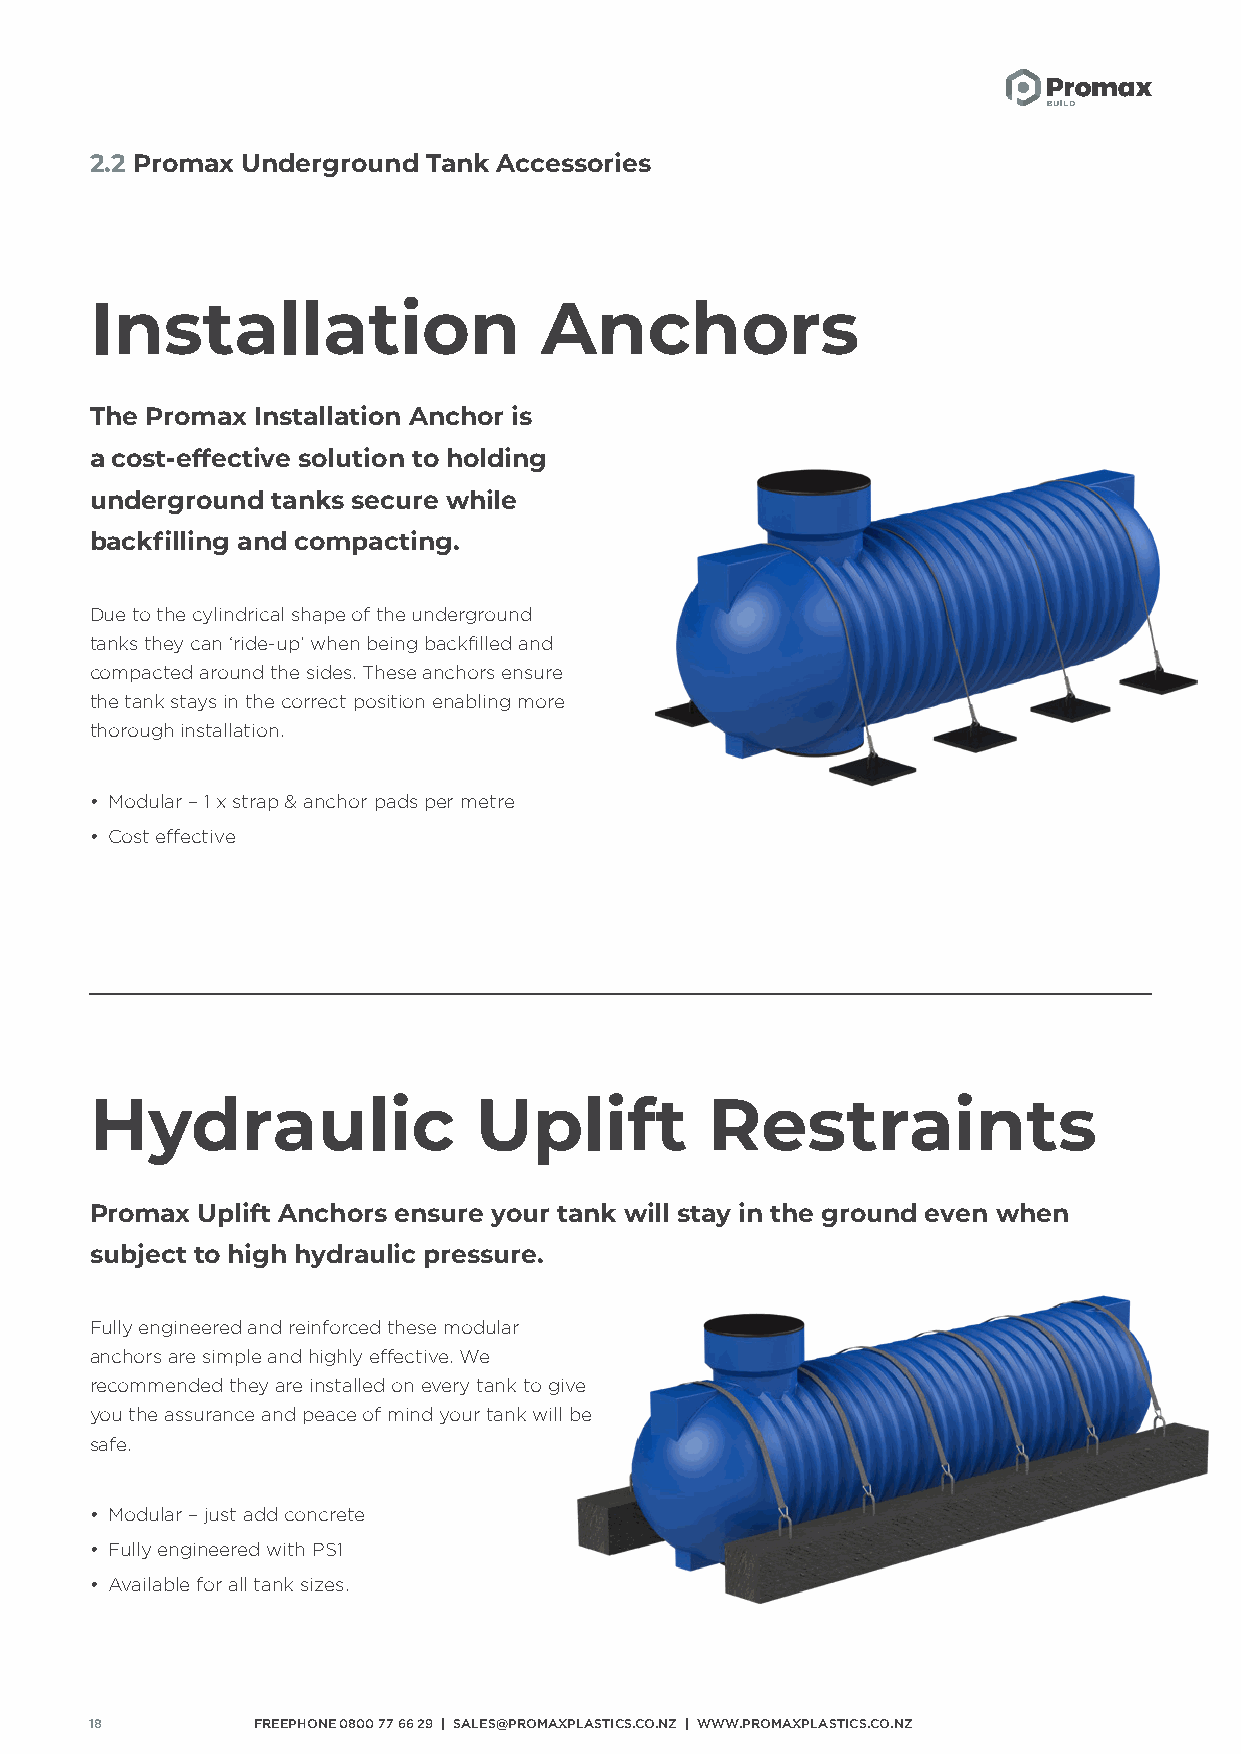
2.2 Promax Underground Tank Accessories
 Installation                  Anchors
 The Promax Installation Anchor is
 a cost-effective solution to holding
 underground tanks secure while
 backfilling and compacting.
 Due to the cylindrical shape of the underground
 tanks they can ‘ride-up’ when being backfilled and
 compacted around the sides. These anchors ensure
 the tank stays in the correct position enabling more
 thorough installation.
 • Modular – 1 x strap & anchor pads per metre
 • Cost effective
 Hydraulic                Uplift          Restraints
 Promax Uplift Anchors ensure your tank will stay in the ground even when
 subject to high hydraulic pressure.
 Fully engineered and reinforced these modular
 anchors are simple and highly effective. We
 recommended they are installed on every tank to give
 you the assurance and peace of mind your tank will be
 safe.
 • Modular – just add concrete
 • Fully engineered with PS1
 • Available for all tank sizes.
 18         FREEPHONE 0800 77 66 29 | SALES@PROMAXPLASTICS.CO.NZ | WWW.PROMAXPLASTICS.CO.NZ